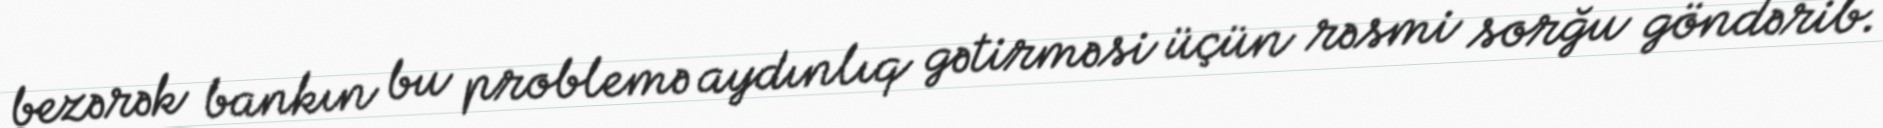
bezərək bankın bu problemə aydınlıq gətirməsi üçün rəsmi sorğu göndərib.